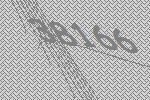
38166